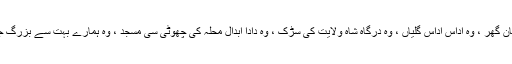
چچا جی اور تایاجی بہت اداس رہتے ہیں اور ہمارے وہ سنسان گھر ، وہ اداس اداس گلیاں ، وہ درگاہ شاہ ولایت کی سڑک ، وہ دادا ابدال محلہ کی چھوٹی سی مسجد ، وہ ہمارے بہت سے بزرگ جو چراغ سحر کی طرح ٹمٹمارہے ہیں ، تمہارے منتظر ہیں۔